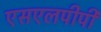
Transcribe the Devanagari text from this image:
एसएलपीपी